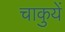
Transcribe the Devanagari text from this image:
चाकुयें